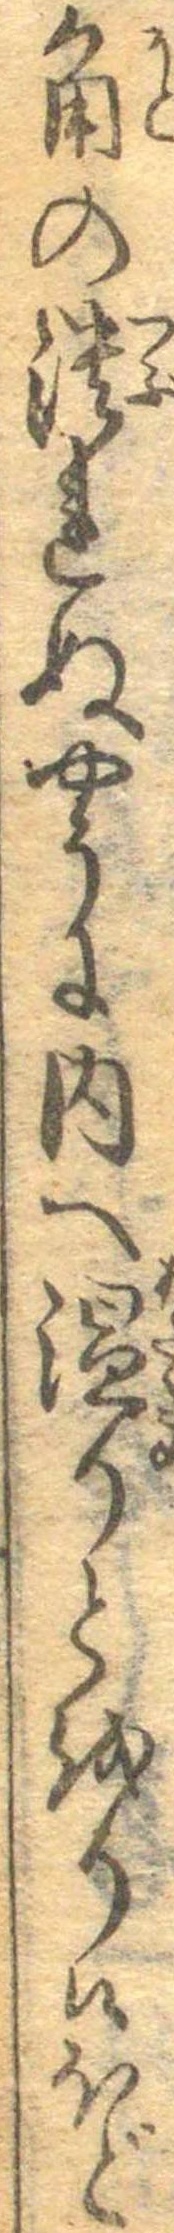
角の潰れぬやうに内へ温りとをり候ほど